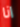
انا